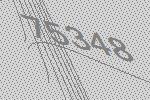
75348